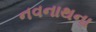
નવનાથના